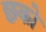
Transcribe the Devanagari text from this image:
छको